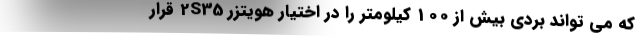
که می تواند بردی بیش از 100 کیلومتر را در اختیار هویتزر 2S35 قرار